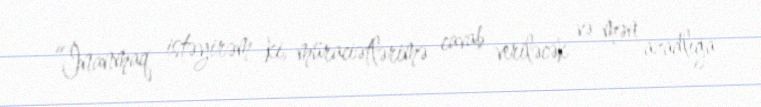
“İnanmaq istəyirəm ki, müraciətlərimə cavab veriləcək və mən azadlığa